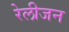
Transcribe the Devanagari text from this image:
रेलीजन